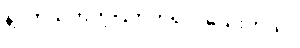
နဲ့ပတ်သက်တဲ့ပြတိုက်ရှိ ပါသေးတယ်။